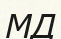
МД